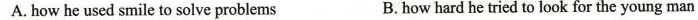
A.how he used smile to solve problems B.how hard he tried to look for the young man